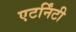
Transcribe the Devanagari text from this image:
एटर्निंटी